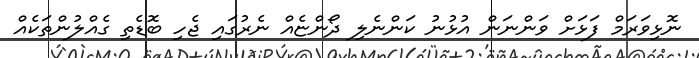
ނޮޅިވަރަމް ފަޅަށް ވަންނަން އުޅުނު ކަންނެލި ދޯންޏެއް ނެރުގައި ޖެހި ބޮޑެތި ގެއްލުންތަކެއް